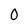
Character: 0